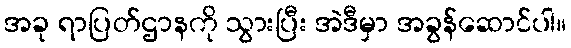
အခု ရာပြတ်ဌာနကို သွားပြီး အဲဒီမှာ အခွန်ဆောင်ပါ။